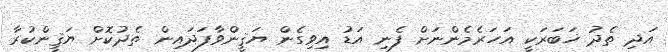
އަދި ތެދު ޚަބަރަކީ އަހަރެމެންނަށް ފެނި އަޑު އިވިގެން ޔަޤީންވާފަދައިން ތެދުކޮށް ޔަޤީންކުރާ